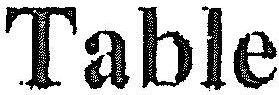
TABLE